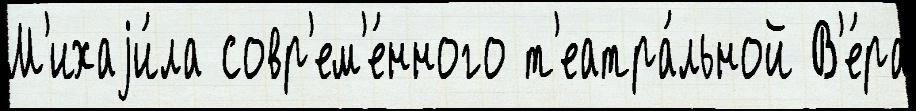
М'ихаjи́ла совр'ем'е́нного т'еатра́льной В'е́ра